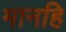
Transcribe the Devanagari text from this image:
मानहि